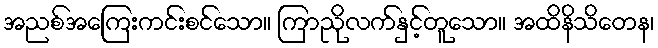
အညစ်အကြေးကင်းစင်သော။ ကြာညိုလက်နှင့်တူသော။ အထိနိသိတေန၊